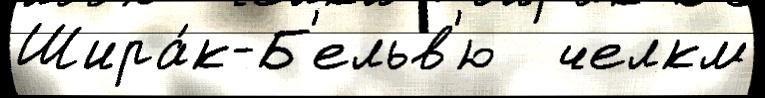
Шира́к-Б'ельв'ю   челкм